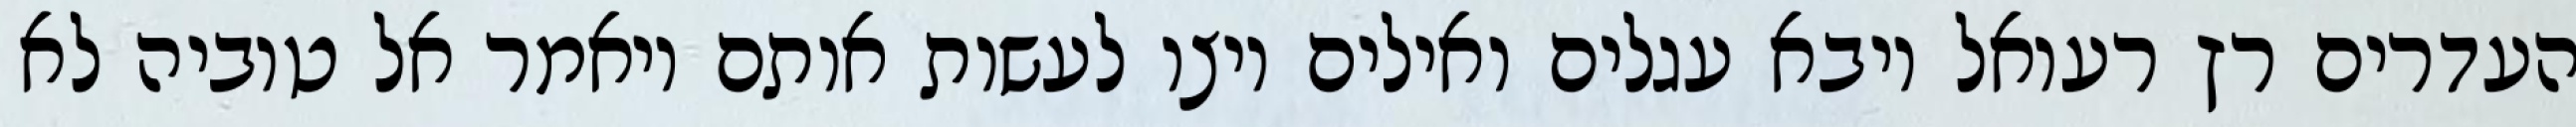
העדרים רץ רעואל ויבא עגלים ואילים ויצו לעשות אותם ויאמר אל טוביה לא